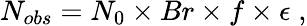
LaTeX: N_{obs}=N_{0}\times Br\times f\times\epsilon\; ,